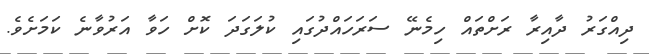
ދިއްގަރު ދާއިރާ ރަށްތައް ހިމެނޭ ސަރަހައްދުގައި ކުލަގަދަ ކޮށް ހަވާ އަރުވާނެ ކަމަށެވެ.